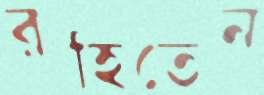
রহিতেন